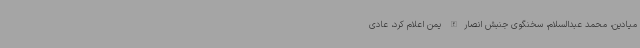
میادین، محمد عبدالسلام، سخنگوی جنبش انصارالله یمن اعلام کرد، عادی